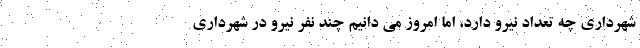
شهرداری چه تعداد نیرو دارد، اما امروز می دانیم چند نفر نیرو در شهرداری